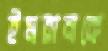
ইমরানকে